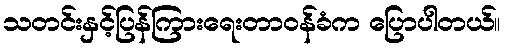
သတင်းနှင့်ပြန်ကြားရေးတာဝန်ခံက ပြောပါတယ်။